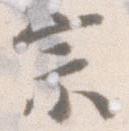
宗